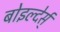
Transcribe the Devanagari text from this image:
बोइल्देर्स्